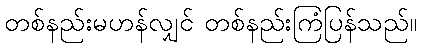
တစ်နည်းမဟန်လျှင် တစ်နည်းကြံပြန်သည်။